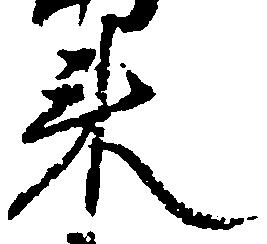
来